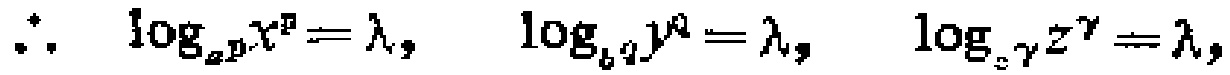
\(\therefore \log_{a^{\beta}}x^{\beta}=\lambda, \quad \log_{b^{\alpha}}y^{\alpha}=\lambda, \quad \log_{c^{\gamma}}z^{\gamma}=\lambda,\)